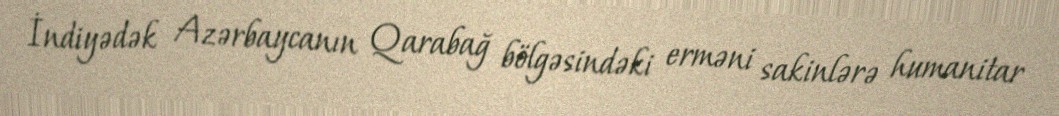
İndiyədək Azərbaycanın Qarabağ bölgəsindəki erməni sakinlərə humanitar